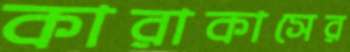
কারাকাসের